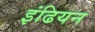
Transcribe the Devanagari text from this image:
इंढियन